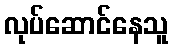
လုပ်ဆောင်နေသူ